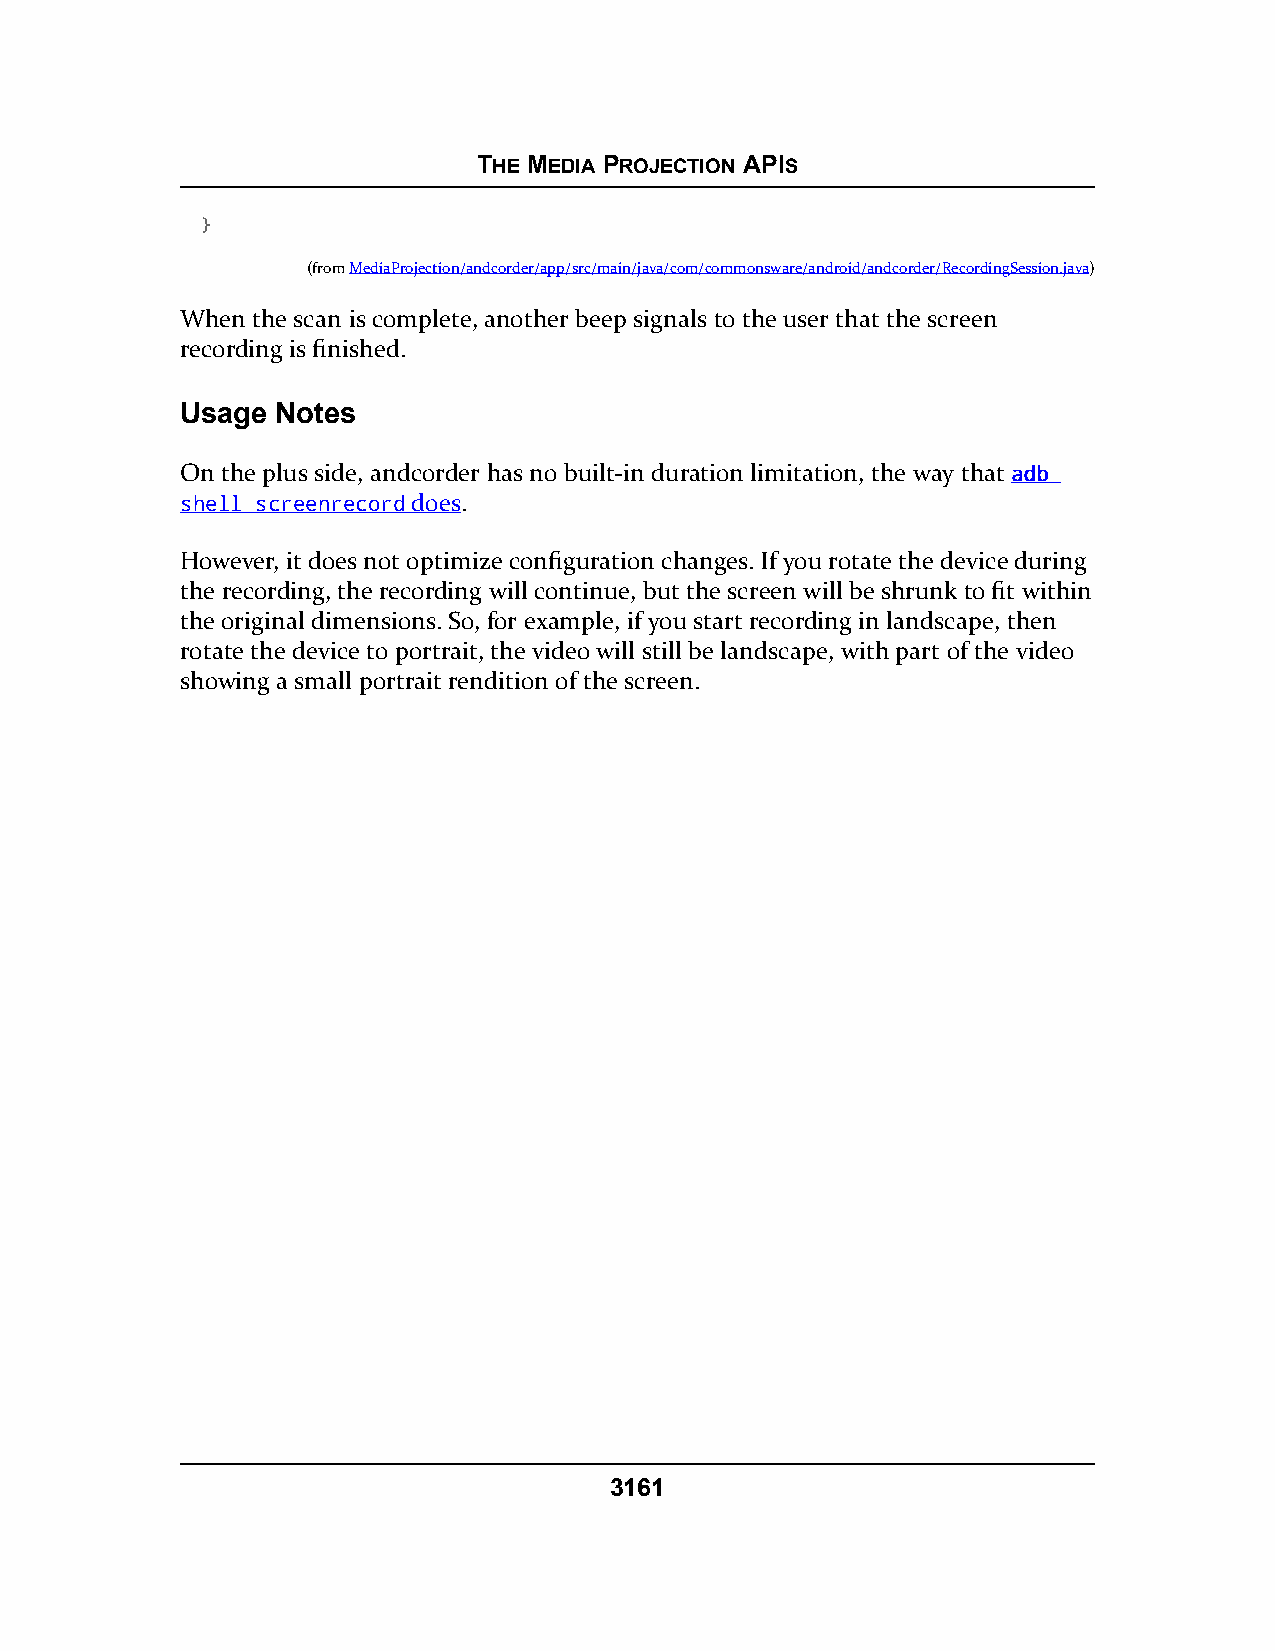
THE MEDIA PROJECTION APIS
 }
 (fromMediaProjection/andcorder/app/src/main/java/com/commonsware/android/andcorder/RecordingSession.java)
 When the scan is complete, another beep signals to the user that the screen
 recording is finished.
 Usage Notes
 On the plus side, andcorder has no built-in duration limitation, the way that aaddbb
 sshheellll ssccrreeeennrreeccoorrdddoes.
 However, it does not optimize configuration changes. If you rotate the device during
 the recording, the recording will continue, but the screen will be shrunk to fit within
 the original dimensions. So, for example, if you start recording in landscape, then
 rotate the device to portrait, the video will still be landscape, with part of the video
 showing a small portrait rendition of the screen.
 3161